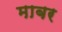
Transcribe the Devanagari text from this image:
माबर